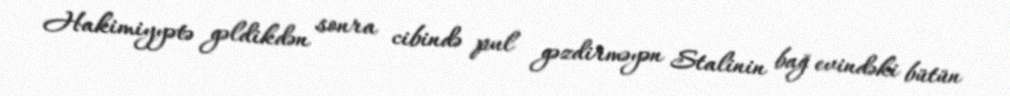
Hakimiyyətə gəldikdən sonra cibində pul gəzdirməyən Stalinin bağ evindəki bütün